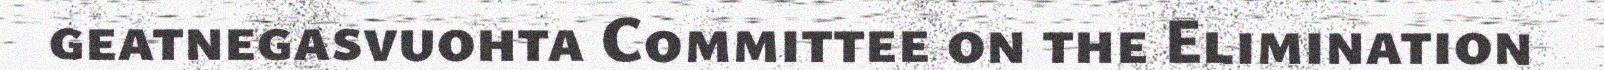
geatnegasvuohta Committee on the Elimination